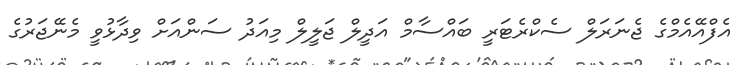
އެފްއޭއެމްގެ ޖެނަރަލް ސެކްރެޓަރީ ބައްސާމް އަދީލް ޖަލީލް މިއަދު ސަންއަށް ވިދާޅުވީ މެނޭޖަރުގެ